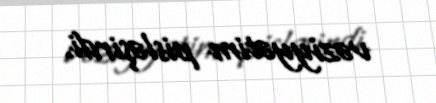
vəziyyətim pisləşirdi.